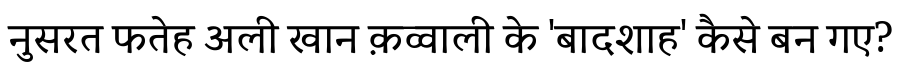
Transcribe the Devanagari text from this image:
नुसरत फतेह अली खान क़व्वाली के 'बादशाह' कैसे बन गए?